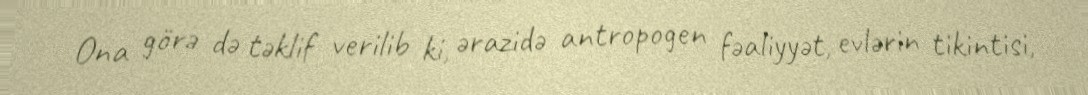
Ona görə də təklif verilib ki, ərazidə antropogen fəaliyyət, evlərin tikintisi,